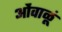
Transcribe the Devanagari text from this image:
ओंवाळूं